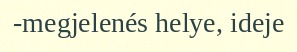
-megjelenés helye, ideje